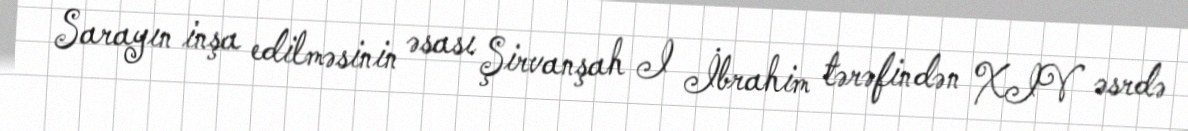
Sarayın inşa edilməsinin əsası Şirvanşah I İbrahim tərəfindən XIV əsrdə